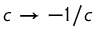
c \rightarrow - 1 / c